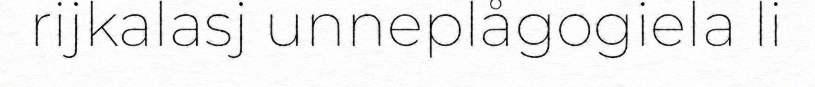
rijkalasj unneplågogiela li